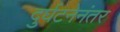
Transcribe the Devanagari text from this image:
दुर्घटनेनंतर